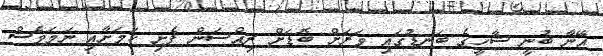
އޭނާ ބުނީ ޝާހީގެ ބަނޑުގައި ވަރަށް ބޮޑަށް ރިއްސަން ފެށި ކަމަށާއި ނަމަވެސް